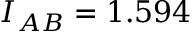
I _ { A B } = 1 . 5 9 4